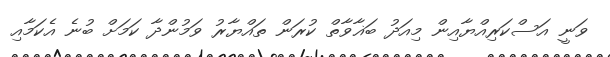
ވަނީ އަސްކަރިއްޔާއިން މިއަދު ބަޣާވާތް ކުރަން ތައްޔާރު ވަމުންދާ ކަމަށް ބުނެ އެކަމާއި